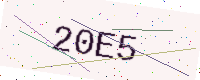
Text: 20E5